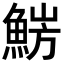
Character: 𩷜